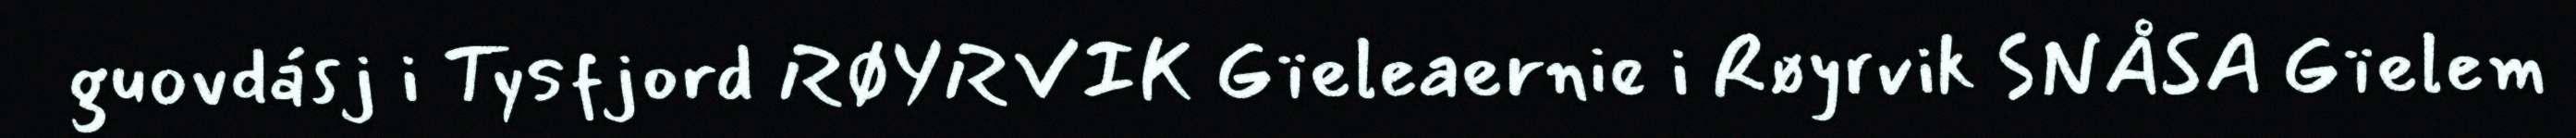
guovdásj i Tysfjord RØYRVIK Gïeleaernie i Røyrvik SNÅSA Gïelem